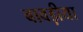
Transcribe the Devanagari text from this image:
बावड़ीया